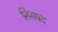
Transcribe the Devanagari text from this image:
निसपद